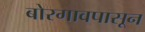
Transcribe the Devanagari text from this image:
बोरगावपासून